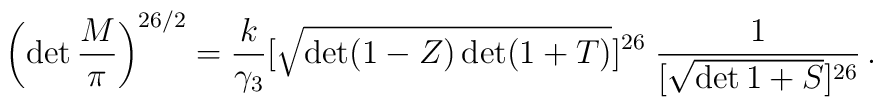
\left(\det  \frac{M}{\pi}  \right)^{26/2}= \frac{k}{\gamma_3}[\sqrt{\det (1-Z)\det (1 + T)}]^{26}\; \frac{1}{[\sqrt{\det 1 + S}]^{26}} \,.